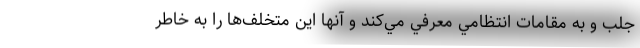
جلب و به مقامات انتظامي معرفي مي‌كند و آنها اين متخلف‌ها را به خاطر